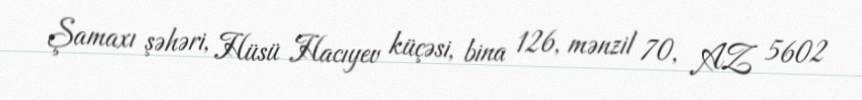
Şamaxı şəhəri, Hüsü Hacıyev küçəsi, bina 126, mənzil 70, AZ 5602